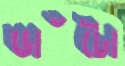
ডাঁটো